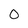
Character: 0